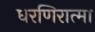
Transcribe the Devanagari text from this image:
धरणिरात्मा